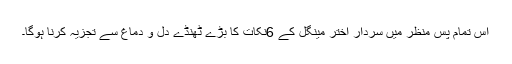
اس تمام پس منظر میں سردار اختر مینگل کے 6نکات کا بڑے ٹھنڈے دل و دماغ سے تجزیہ کرنا ہوگا۔